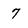
Character: 7